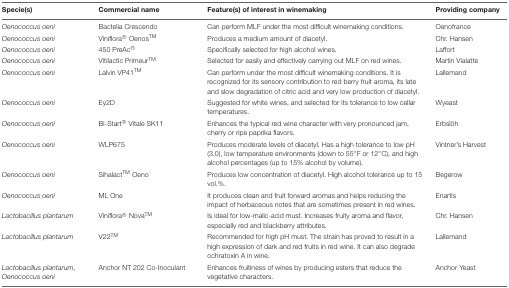
<table><thead><tr><td><b>Specie(s)</b></td><td><b>Commercial name</b></td><td><b>Feature(s) of interest in winemaking</b></td><td><b>Providing company</b></td></tr></thead><tbody><tr><td><i>Oenococcus oeni</i></td><td>Bactelia Crescendo</td><td>Can perform MLF under the most difficult winemaking conditions.</td><td>Oenofrance</td></tr><tr><td><i>Oenococcus oeni</i></td><td>Viniflora<sup>®</sup> Oenos<sup>TM</sup></td><td>Produces a medium amount of diacetyl.</td><td>Chr. Hansen</td></tr><tr><td><i>Oenococcus oeni</i></td><td>450 PreAc<sup>®</sup></td><td>Specifically selected for high alcohol wines.</td><td>Laffort</td></tr><tr><td><i>Oenococcus oeni</i></td><td>Vitilactic Primeur<sup>TM</sup></td><td>Selected for easily and effectively carrying out MLF on red wines.</td><td>Martin Vialatte</td></tr><tr><td><i>Oenococcus oeni</i></td><td>Lalvin VP41<sup>TM</sup></td><td>Can perform under the most difficult winemaking conditions. It is recognized for its sensory contribution to red berry fruit aroma, its late and slow degradation of citric acid and very low production of diacetyl.</td><td>Lallemand</td></tr><tr><td><i>Oenococcus oeni</i></td><td>Ey2D</td><td>Suggested for white wines, and selected for its tolerance to low cellar temperatures.</td><td>Wyeast</td></tr><tr><td><i>Oenococcus oeni</i></td><td>Bi-Start<sup>®</sup> Vitale SK11</td><td>Enhances the typical red wine character with very pronounced jam, cherry or ripe paprika flavors.</td><td>Erbslöh</td></tr><tr><td><i>Oenococcus oeni</i></td><td>WLP675</td><td>Produces moderate levels of diacetyl. Has a high tolerance to low pH (3.0), low temperature environments (down to 55°F or 12°C), and high alcohol percentages (up to 15% alcohol by volume).</td><td>Vintner’s Harvest</td></tr><tr><td><i>Oenococcus oeni</i></td><td>Sihalact<sup>TM</sup> Oeno</td><td>Produces low concentration of diacetyl. High alcohol tolerance up to 15 vol.%.</td><td>Begerow</td></tr><tr><td><i>Oenococcus oeni</i></td><td>ML One</td><td>It produces clean and fruit forward aromas and helps reducing the impact of herbaceous notes that are sometimes present in red wines.</td><td>Enartis</td></tr><tr><td><i>Lactobacillus plantarum</i></td><td>Viniflora<sup>®</sup> Nova<sup>TM</sup></td><td>Is ideal for low-malic-acid must. Increases fruity aroma and flavor, especially red and blackberry attributes.</td><td>Chr. Hansen</td></tr><tr><td><i>Lactobacillus plantarum</i></td><td>V22<sup>TM</sup></td><td>Recommended for high pH must. The strain has proved to result in a high expression of dark and red fruits in red wine. It can also degrade ochratoxin A in wine.</td><td>Lallemand</td></tr><tr><td><i>Lactobacillus plantarum</i>, <i>Oenococcus oeni</i></td><td>Anchor NT 202 Co-Inoculant</td><td>Enhances fruitiness of wines by producing esters that reduce the vegetative characters.</td><td>Anchor Yeast</td></tr></tbody></table>